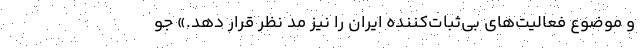
و موضوع فعالیت‌های بی‌ثبات‌کننده ایران را نیز مد نظر قرار دهد.» جو